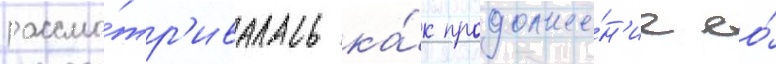
рассма́тр'ивалась ка́к продолже́н'ие ео́